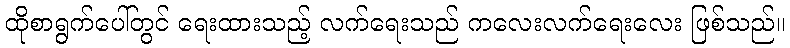
ထိုစာရွက်ပေါ်တွင် ရေးထားသည့် လက်ရေးသည် ကလေးလက်ရေးလေး ဖြစ်သည်။